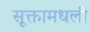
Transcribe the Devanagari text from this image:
सूक्तामधली